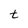
Character: t